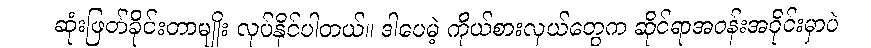
ဆုံးဖြတ်ခိုင်းတာမျိုး လုပ်နိုင်ပါတယ်။ ဒါပေမဲ့ ကိုယ်စားလှယ်တွေက ဆိုင်ရာအဝန်းအဝိုင်းမှာပဲ